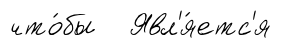
что́бы Явл'я́етс'я